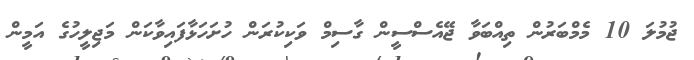
ޖުމުލަ 10 މެމްބަރުން ތިއްބަވާ ޖޭއެސްސީން ގާސިމް ވަކިކުރަން ހުށަހަޅާފައިވާކަން މަޖިލީހުގެ އަމީން